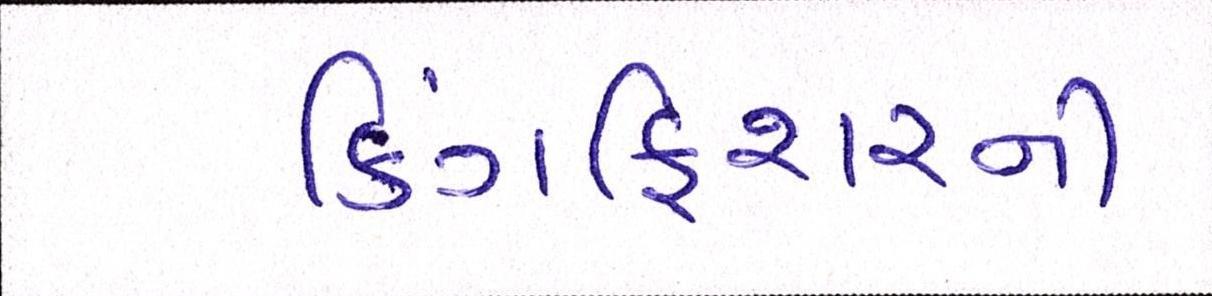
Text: કિંગફિશરની